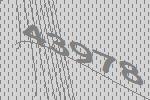
43978